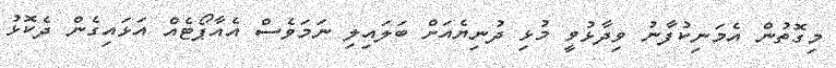
މިގޮތުން އެމަނިކުފާނު ވިދާޅުވީ މުޅި ދުނިޔެއަށް ބަލައިލި ނަމަވެސް އެއާޕޯޓެއް އަޅައިގެން ދެކޮޅު